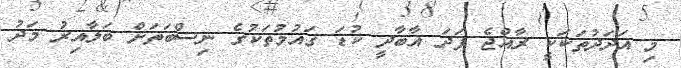
މި އަދަދުތަކަކީ ރާއްޖެ ފަދަ އާބާދީ ކުޑަ ގައުމުތަކުގެ ނިސްބަތަށް ބަލާއިރު މަދު